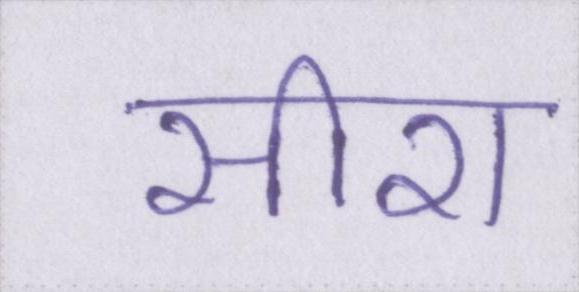
सीरा